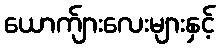
ယောက်ျားလေးများနှင့်